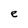
Character: e